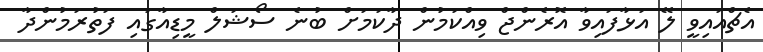
އެޗްއައިވީ ލޭ އަޅާފައިވާ އޮރެންޖް ވިއްކަމުން ދާކަމަށް ބުނެ ސޯޝަލް މީޑިއާގައި ފަތުރަމުންދާ